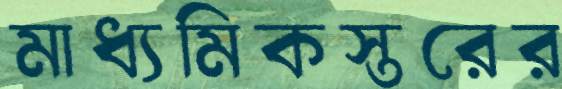
মাধ্যমিকস্তরের